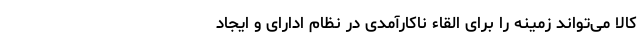
کالا می‌تواند زمینه را برای القاء ناکارآمدی در نظام ادارای و ایجاد